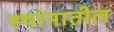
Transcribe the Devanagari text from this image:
स्थांनातील